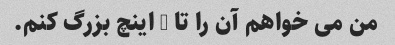
من می خواهم آن را تا 5 اینچ بزرگ کنم.